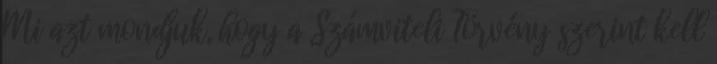
Mi azt mondjuk, hogy a Számviteli Törvény szerint kell